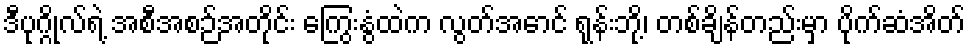
ဒီပုဂ္ဂိုလ်ရဲ့ အစီအစဉ်အတိုင်း ကြွေးနွံထဲက လွတ်အောင် ရုန်းဘို့၊ တစ်ချိန်တည်းမှာ ပိုက်ဆံအိတ်